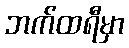
ဘက်ထရီမှာ